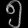
Digit: ၅